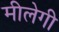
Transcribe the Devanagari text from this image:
मीलेगी